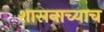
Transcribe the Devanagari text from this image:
शासनाच्याच